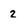
Character: 2